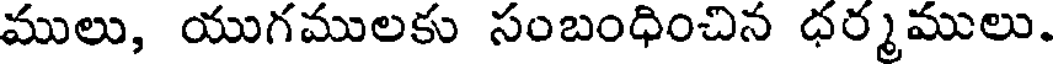
ములు, యుగములకు సంబంధించిన ధర్మములు.